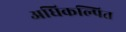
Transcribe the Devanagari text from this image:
अधिकल्पित